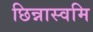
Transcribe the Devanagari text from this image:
छिन्नास्वमि